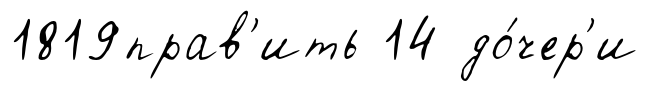
1819прав'ить 14 до́чер'и